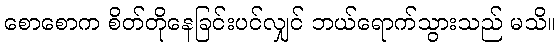
စောစောက စိတ်တိုနေခြင်းပင်လျှင် ဘယ်ရောက်သွားသည် မသိ။